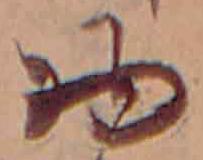
物